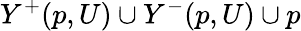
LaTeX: Y^{+}(p,U)\cup Y^{-}(p,U)\cup p